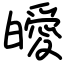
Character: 皧